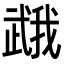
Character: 𭭯